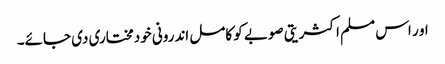
او ر اس مسلم اکثریتی صوبے کو کامل اندرونی خودمختاری دی جائے۔